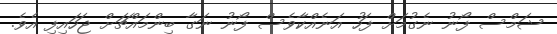
ޝަމްސް ފޯނު ނެގުމަށް ފަހު އަނެއްކާވެސް ފޯނު ނަގާ ބިންމައްޗަށް ޖަހައިފި އެވެ.